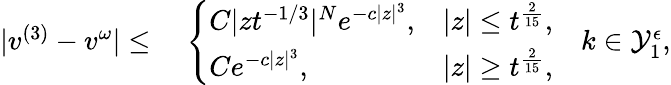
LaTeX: \begin{array}{rl}{|v^{(3)}-v^{\omega}|\leq}&{\; \left\{ \begin{array}{ll}{C|zt^{-1/3}|^{N}e^{-c|z|^{3}},}&{|z|\leq t^{\frac{2}{15}},}\\ {Ce^{-c|z|^{3}},}&{|z|\geq t^{\frac{2}{15}},}\end{array}\right.\quad k\in\mathcal{Y}_{1}^{\epsilon},}\end{array}